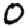
Digit: 0